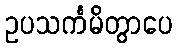
ဥပသင်္ကမိတွာပေ